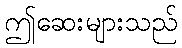
ဤဆေးများသည်